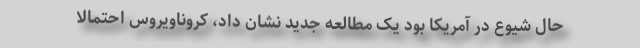
حال شیوع در آمریکا بود یک مطالعه جدید نشان داد، کروناویروس احتمالا